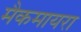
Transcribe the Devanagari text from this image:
मैकमायरा